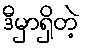
ဒီမှာရှိတဲ့